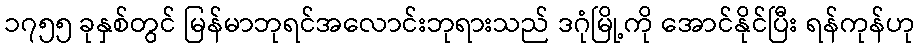
၁၇၅၅ ခုနှစ်တွင် မြန်မာဘုရင်အလောင်းဘုရားသည် ဒဂုံမြို့ကို အောင်နိုင်ပြီး ရန်ကုန်ဟု